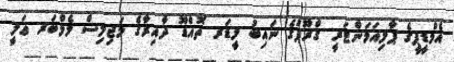
އެމްޑީޕީގެ ޕާލިއަމަންޓަރީ ގްރޫޕުގެ ނައިބު ލީޑަރ ތޮއްޑޫ ދާއިރާގެ މަޖިލިސް މެމްބަރ ޢަލީ